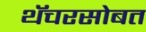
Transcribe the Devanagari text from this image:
थॅचरसोबत